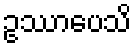
ဥဿာပေသိ